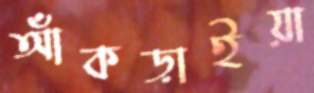
আঁকড়াইয়া